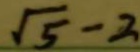
\sqrt { 5 } - 2